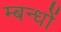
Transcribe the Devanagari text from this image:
म्बन्धों